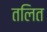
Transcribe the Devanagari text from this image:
तलित